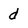
Character: d